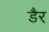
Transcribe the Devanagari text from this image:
डैर